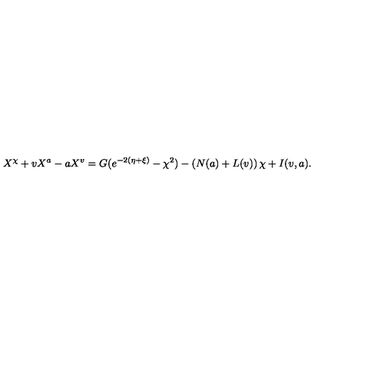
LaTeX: X ^ { \chi } + v X ^ { a } - a X ^ { v } = G ( e ^ { - 2 ( \eta + \xi ) } - \chi ^ { 2 } ) - \left( N ( a ) + L ( v ) \right) \chi + I ( v , a ) .